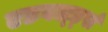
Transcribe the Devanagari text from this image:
एडवर्ल्ड्स